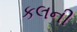
કલની